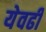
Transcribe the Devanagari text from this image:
येवढी